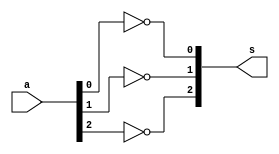
// Exemplo 0031
//Nome: Vitor Angelo Lima

module complemento1 ( output [2:0] s, input [2:0] a );
	not ( s[0], a[0] );
	not ( s[1], a[1] );
	not ( s[2], a[2] );
endmodule

module soma ( output c, output s, input a, input b, input c1 );
	wire x1;
	wire a1;
	wire a2;
	
	xor ( x1, a, b );
	and ( a1, a, b );
	xor ( s, x1, c1 );
	and ( a2, x1, c1 );
	or ( c, a1, a2 );	
endmodule

module decidir ( output [2:0] s, input [2:0] b, input [2:0] bc, input c );
	wire n; //carry negado
	wire [2:0] a0; wire [2:0] a1;
	not ( n, c );
	
	and ( a0[0], b[0], n );
	and ( a0[1], b[1], n );
	and ( a0[2], b[2], n );
	
	and ( a1[0], bc[0], c );
	and ( a1[1], bc[1], c );
	and ( a1[2], bc[2], c );
	
	or ( s[0], a0[0], a1[0] );
	or ( s[1], a0[1], a1[1] );
	or ( s[2], a0[2], a1[2] );
	
endmodule

module operacao ( output [2:0] s, input [2:0] a, input [2:0] b, input c );
	wire [2:0] bc; wire [2:0] b1; //bc = complemento de 1 de b --- b1 = b | bc
	wire s0; wire c0;
	wire s1; wire c1;
	wire s2; wire c2;
	
	complemento1 c1A ( bc, b );
	decidir dc ( b1, b, bc, c );
	
	
	soma sm0 ( c0, s0, a[0], b1[0], c );
	soma sm1 ( c1, s1, a[1], b1[1], c0 );
	soma sm2 ( c2, s2, a[2], b1[2], c1 );
	
	and ( s[0], s0 );
	and ( s[1], s1 );
	and ( s[2], s2 );
endmodule

module executar;
	reg [2:0] a;
	reg [2:0] b;
	reg c;
	wire [2:0] s;
	
	operacao op ( s, a, b, c );
	
	initial begin
		$monitor ( "%3b    %3b %3b", s, a, b );
		a = 3'b000; b = 3'b001; c = 0;
		#1 a = 3'b001; b = 3'b001; c = 0;
		#1 a = 3'b111; b = 3'b111; c = 0;
		#1 a = 3'b000; b = 3'b001; c = 1;
		#1 a = 3'b001; b = 3'b001; c = 1;
		#1 a = 3'b111; b = 3'b111; c = 1;
	end

endmodule